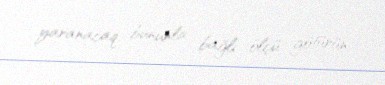
yaranacaq, bununla bağlı ölçü götürün.